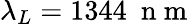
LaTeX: \lambda_{L}=1344\ \mathrm{~n~m~}